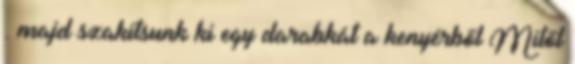
. majd szakítsunk ki egy darabkát a kenyérből Mitől